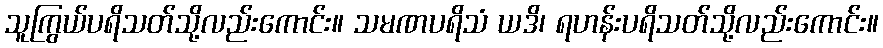
သူကြွယ်ပရိသတ်သို့လည်းကောင်း။ သမဏပရိသံ ယဒိ၊ ရဟန်းပရိသတ်သို့လည်းကောင်း။